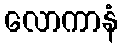
လောကာနံ